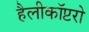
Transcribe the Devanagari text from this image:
हैलीकॉप्टरो